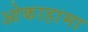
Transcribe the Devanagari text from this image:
ओकाहामा